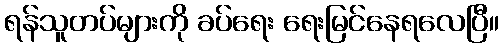
ရန်သူတပ်များကို ခပ်ရေး ရေးမြင်နေရလေပြီ။